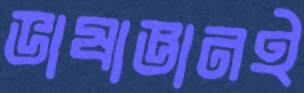
ভাষাজ্ঞানই